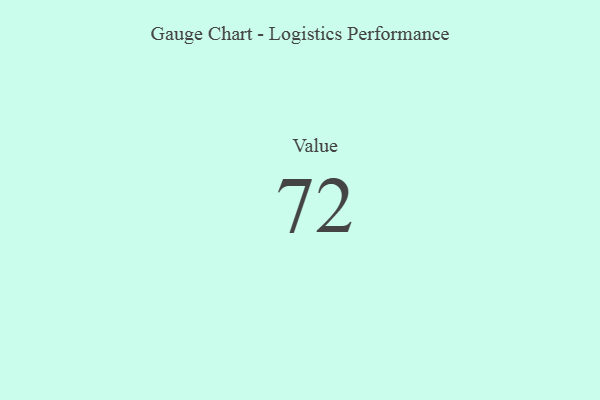
{"axis": {"x": "Metric", "y": "Value"}, "legend": [""], "data": [{"x": "Value", "y": 72, "type": ""}]}